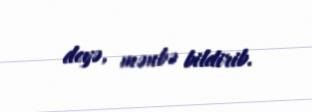
deyə, mənbə bildirib.